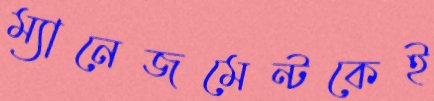
ম্যানেজমেন্টকেই